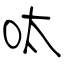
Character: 呔